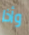
وأذا